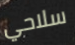
سلاحي